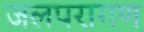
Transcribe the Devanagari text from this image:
जलपरागण